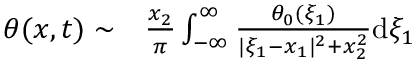
\begin{array} { r l } { \theta ( x , t ) \sim } & { { } \frac { x _ { 2 } } { \pi } \int _ { - \infty } ^ { \infty } \frac { \theta _ { 0 } ( \xi _ { 1 } ) } { | \xi _ { 1 } - x _ { 1 } | ^ { 2 } + x _ { 2 } ^ { 2 } } \mathrm { d } \xi _ { 1 } } \end{array}